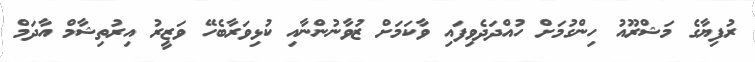
ރުފިޔާގެ މަޝްރޫއު ހިންގުމަށް ހުއްދަދެވިފައި ވާކަމަށް ޒުވާނުންނާއި ކުޅިވަރާބެހޭ ވަޒީރު އިރުތިޝާމް އާދަމް